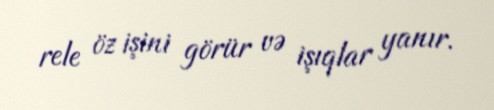
rele öz işini görür və işıqlar yanır.